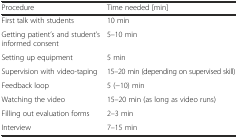
| Procedure | Time needed [min] |
 | --- | --- |
 | First talk with students | 10 min |
 | Getting patient’s and student’s informed consent | 5–10 min |
 | Setting up equipment | 5 min |
 | Supervision with video-taping | 15–20 min (depending on supervised skill) |
 | Feedback loop | 5 (−10) min |
 | Watching the video | 15–20 min (as long as video runs) |
 | Filling out evaluation forms | 2–3 min |
 | Interview | 7–15 min |